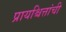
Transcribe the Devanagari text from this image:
प्रायश्चित्तांची